Papers set at the Examination for Leaving Certificates, 1893
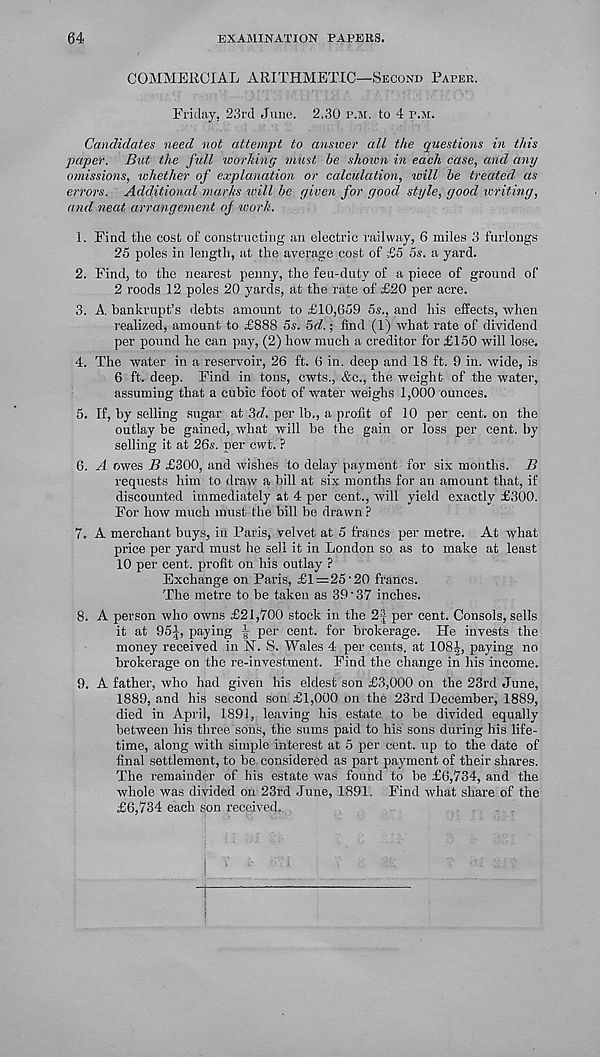
64
examination papers.
COMMERCIAL ARITHMETIC—Second Paper.
Friday, 23rd June. 2,30 p.m. to 4 p.m.
Candidates need not attempt to answer all the questions in this
paper. But the full working must be shown in each case, and any
omissions, whether of explanation or calculation, will be treated as
errors. Additional marks will be given for good style, good writing,
and neat arrangement oj work.
1. Find the cost of constructing an electric railway, 6 miles 3 furlongs
25 poles in length, at the average cost of £5 os. a yard.
2. Find, to the nearest penny, the feu-duty of a piece of ground of
2 roods 12 poles 20 yards, at the rate of £20 per acre.
3. A. bankrupt’s debts amount to £10,659 5i., and his effects, when
realized, amount to £888 5s. 5<f.; find (1) what rate of dividend
per pound he can pay, (2) how much a creditor for £150 will lose.
4. The water in a reservoir, 26 ft. 6 in. deep and 18 ft. 9 in. wide, is
6 ft. deep. Find in tons, cwts., &c., the weight of the water,
assuming that a cubic foot of water weighs 1,000 ounces.
5. If, by selling sugar at Srf. per lb., a profit of 10 per cent, on the
outlay be gained, what will be the gain or loss per cent, by
selling it at 26s. per cwt. ?
6. A owes B £300, and wishes to delay payment for six months. B
requests him to draw a bill at six months for an amount that, if
discounted immediately at 4 per cent., will yield exactly £300.
For how much must the bill be drawn ?
7. A merchant buys, in Paris, velvet at 5 francs per metre. At what
price per yard must he sell it in London so as to make at least
10 per cent, profit on his outlay ?
Exchange on Paris, £1 = 25'20 francs.
The metre to be taken as 39 • 37 inches.
8. A person who owns £21,700 stock in the 2f per cent. Consols, sells
it at 95i, paying | per cent, for brokerage. He invests the
money received in FT. S. Wales 4 per cents, at 108^, paying no
brokerage on the re-investment. Find the change in his income.
9. A father, who had given his eldest son £3,000 on the 23rd June,
1889, and his second son £1,000 on the 23rd December, 1889,
died in April, 1891, leaving his estate to be divided equally
between his three sons, the sums paid to his sons during his life-
time, along with simple interest at 5 per cent, up to the date of
final settlement, to be considered as part payment of their shares.
The remainder of his estate was found to be £6,734, and the
whole was divided on 23rd June, 1891. Find what share of the
£6,734 each son received.